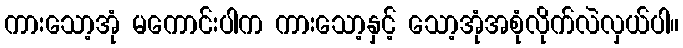
ကားသော့အုံ မကောင်းပါက ကားသော့နှင့် သော့အုံအစုံလိုက်လဲလှယ်ပါ။